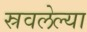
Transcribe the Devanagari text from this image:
स्रवलेल्या